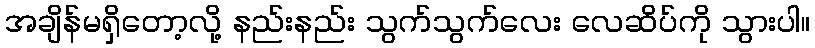
အချိန်မရှိတော့လို့ နည်းနည်း သွက်သွက်လေး လေဆိပ်ကို သွားပါ။